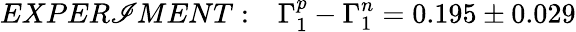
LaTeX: EXPER\mathscr{I}MENT:~~~\Gamma_{1}^{p}-\Gamma_{1}^{n}=0.195\pm0.029